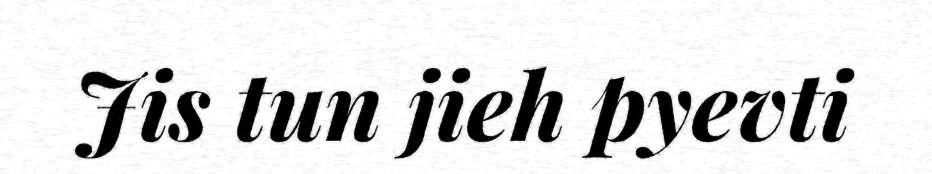
Jis tun jieh pyevti